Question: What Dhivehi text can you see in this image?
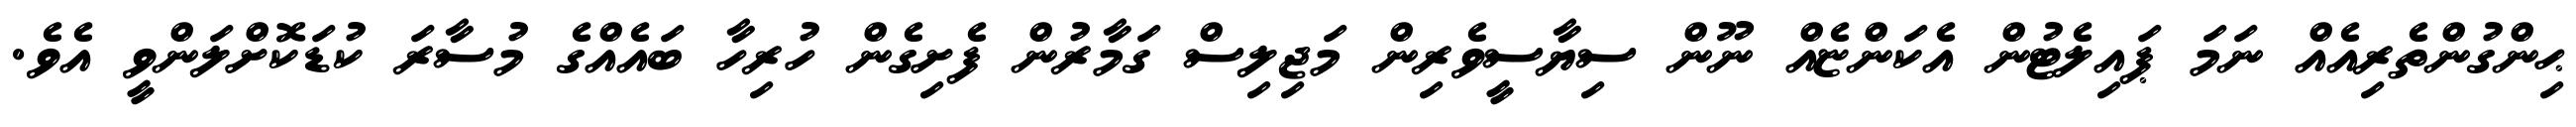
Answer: ޙިންގުންތެރިއެއް ނަމަ ޕައިލެޓުން އެކަންޏެއް ނޫން ސިޔާސީވެރިން މަޖިލިސް ގަމާރުން ފެށިގެން ހުރިހާ ބައެއްގެ މުސާރަ ކުޑަކޮށްލަންވީ އެވެ.